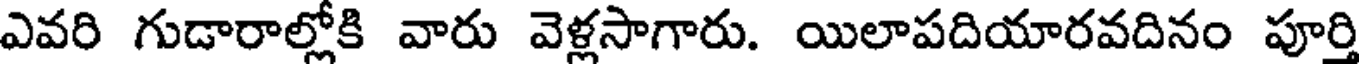
ఎవరి గుడారాల్లోకి వారు వెళ్లసాగారు. యిలాపదియారవదినం పూర్తి